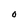
Character: O